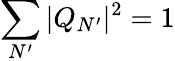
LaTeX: \sum_{N^{\prime}}|Q_{N^{\prime}}|^{2}=1